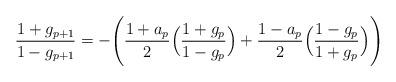
LaTeX: \begin{align*}\frac{1+g_{p+1}}{1-g_{p+1}}=-\Biggl(\frac{1+a_p}{2}\Bigl(\frac{1+g_p}{1-g_p}\Bigr)+\frac{1-a_p}{2}\Bigl(\frac{1-g_p}{1+g_p}\Bigr)\Biggr)\end{align*}